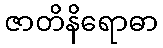
ဇာတိနိရောဓာ